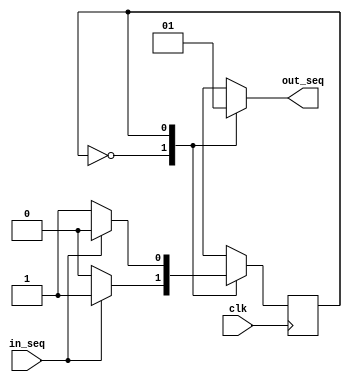
module ParityDetector(clk, in_seq, out_seq);
	input clk, in_seq;
	output reg out_seq;
	reg state;
	parameter EVEN = 0, ODD= 1;

	always @(posedge clk)
		case (state)
			EVEN: state <= in_seq?ODD:EVEN;
			ODD: state <= in_seq?EVEN:ODD;
			default: state <= EVEN;
		endcase
		always @(state) begin
			case(state)
				EVEN: out_seq = 0;
				ODD: out_seq = 1;
			endcase
		end
endmodule